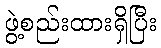
ဖွဲ့စည်းထားရှိပြီး